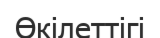
Өкілеттігі